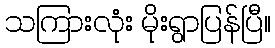
သကြားလုံး မိုးရွာပြန်ပြီ။